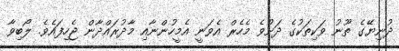
ދުނިޔޭގެ ތޫނު ވަކިތަކުގެ ދަށުވެ މެހެރް އެވަނީ އެމީހުންނާއި މާދުރައްދާން ޖެހިފައެވެ. ލޯބިވާ